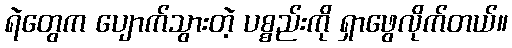
ရဲတွေက ပျောက်သွားတဲ့ ပစ္စည်းကို ရှာဖွေလိုက်တယ်။